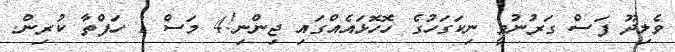
ވެލިދޫ ފަސް ގަރުނުވީ ނިކަގަހުގެ ހޮހޮޅައެއްގައި ޖިންނި!4 މަސް 1 ހަފްތާ ކުރިން.